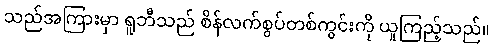
သည်အကြားမှာ ရူဘီသည် စိန်လက်စွပ်တစ်ကွင်းကို ယူကြည့်သည်။